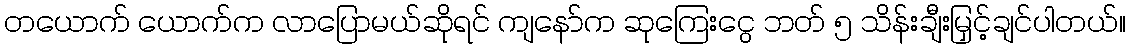
တယောက် ယောက်က လာပြောမယ်ဆိုရင် ကျနော်က ဆုကြေးငွေ ဘတ် ၅ သိန်းချီးမြှင့်ချင်ပါတယ်။